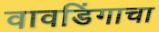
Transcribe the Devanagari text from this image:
वावडिंगाचा